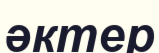
әктер